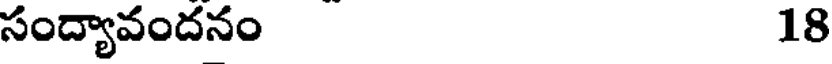
సంద్యావందనం 18